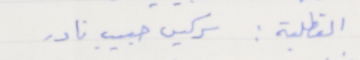
القطلبة: سركيس حبيب نادر